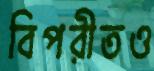
বিপরীতও